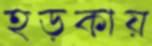
হড়কায়